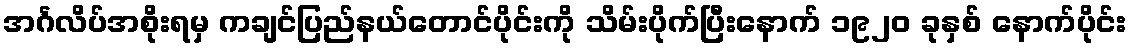
အင်္ဂလိပ်အစိုးရမှ ကချင်ပြည်နယ်တောင်ပိုင်းကို သိမ်းပိုက်ပြီးနောက် ၁၉၂၀ ခုနှစ် နောက်ပိုင်း